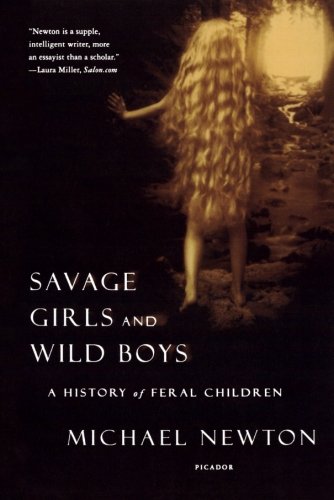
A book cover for Savage Girls and Wild Boys: A History of Feral Children; Michael Newton; Medical Books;